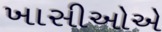
ખાસીઓએ